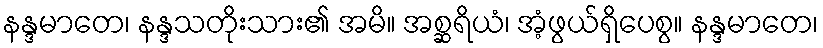
နန္ဒမာတေ၊ နန္ဒသတိုးသား၏ အမိ။ အစ္ဆရိယံ၊ အံ့ဖွယ်ရှိပေစွ။ နန္ဒမာတေ၊